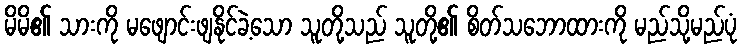
မိမိ၏ သားကို မဖျောင်းဖျနိုင်ခဲ့သော သူတို့သည် သူတို့၏ စိတ်သဘောထားကို မည်သို့မည်ပုံ